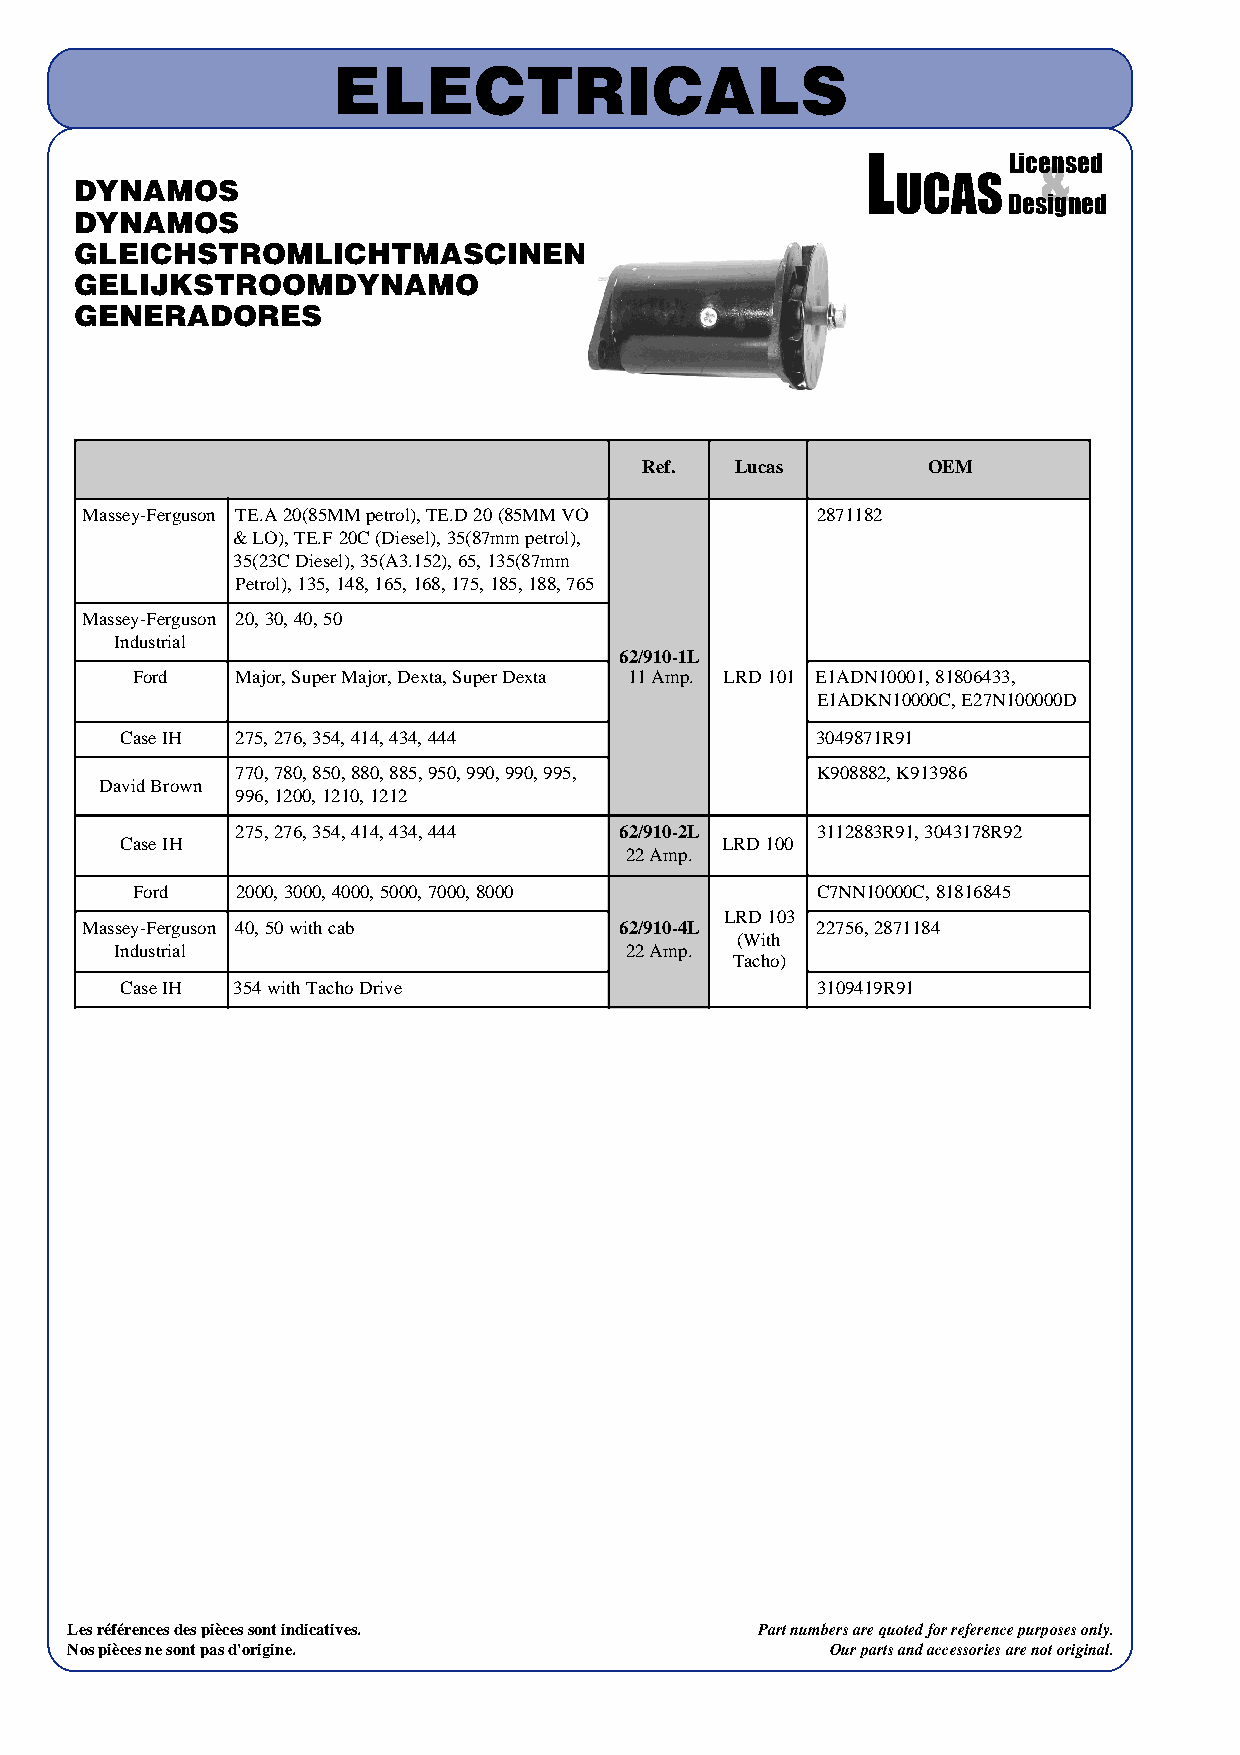
ELECTRICALS
 L         Lice&nsed
 UCAS
 DYNAMOS
 Designed
 DYNAMOS
 GLEICHSTROMLICHTMASCINEN
 GELIJKSTROOMDYNAMO
 GENERADORES
 Ref.  Lucas       OEM
 Massey-Ferguson TE.A 20(85MM petrol), TE.D 20 (85MM VO 2871182
 & LO), TE.F 20C (Diesel), 35(87mm petrol),
 35(23C Diesel), 35(A3.152), 65, 135(87mm
 Petrol), 135, 148, 165, 168, 175, 185, 188, 765
 Massey-Ferguson 20, 30, 40, 50
 Industrial
 62/910-1L
 Ford   Major, Super Major, Dexta, Super Dexta 11 Amp. LRD 101 E1ADN10001, 81806433,
 E1ADKN10000C, E27N100000D
 Case IH 275, 276, 354, 414, 434, 444          3049871R91
 770, 780, 850, 880, 885, 950, 990, 990, 995, K908882, K913986
 David Brown
 996, 1200, 1210, 1212
 275, 276, 354, 414, 434, 444 62/910-2L 3112883R91, 3043178R92
 Case IH                                 LRD 100
 22 Amp.
 Ford   2000, 3000, 4000, 5000, 7000, 8000    C7NN10000C, 81816845
 LRD 103
 Massey-Ferguson 40, 50 with cab     62/910-4L    22756, 2871184
 (With
 Industrial                       22 Amp.
 Tacho)
 Case IH 354 with Tacho Drive                  3109419R91
 Les références des pièces sont indicatives.   Part numbers are quoted for reference purposes only.
 Nos pièces ne sont pas d'origine.                  Our parts and accessories are not original.